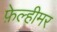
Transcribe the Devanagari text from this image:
फ़ेल्हीमर